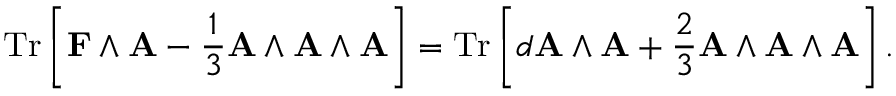
\operatorname { T r } \left[ \mathbf { F } \wedge \mathbf { A } - { \frac { 1 } { 3 } } \mathbf { A } \wedge \mathbf { A } \wedge \mathbf { A } \right] = \operatorname { T r } \left[ d \mathbf { A } \wedge \mathbf { A } + { \frac { 2 } { 3 } } \mathbf { A } \wedge \mathbf { A } \wedge \mathbf { A } \right] .